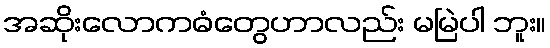
အဆိုးလောကဓံတွေဟာလည်း မမြဲပါ ဘူး။